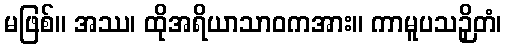
မဖြစ်။ အဿ၊ ထိုအရိယာသာဝကအား။ ကာမူပသဉှိတံ၊